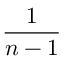
\frac { 1 } { n - 1 }